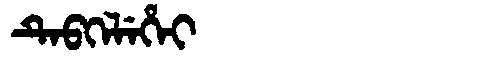
Manchu: ᡨᡝᠪᡴᡝᠯᡝᡥᡝᡳ
Romanization: TEBKELEHEI